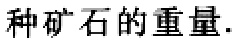
种矿石的重量.